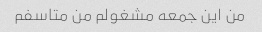
من این جمعه مشغولم من متاسفم